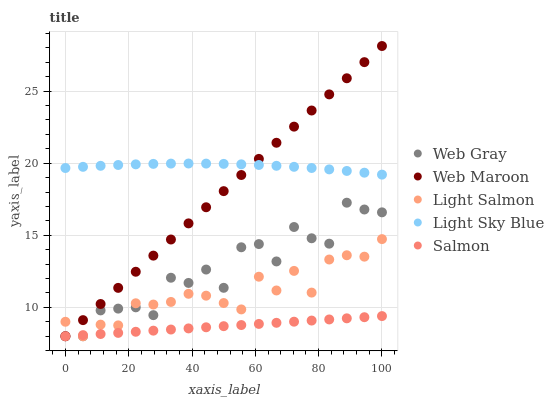
| xaxis_label | Web Gray | Web Maroon | Light Salmon | Light Sky Blue | Salmon |
 | --- | --- | --- | --- | --- | --- |
 | 0 | 8 | 8 | 9 | 19.7 | 8 |
 | 5.56 | 8 | 9.12 | 8 | 19.7 | 8.08 |
 | 11.1 | 9.79 | 10.2 | 8.81 | 19.8 | 8.16 |
 | 16.7 | 9.92 | 11.4 | 8.75 | 19.9 | 8.23 |
 | 22.2 | 10 | 12.5 | 10.3 | 19.9 | 8.31 |
 | 27.8 | 9.46 | 13.6 | 10.2 | 20 | 8.39 |
 | 33.3 | 12.1 | 14.7 | 10.4 | 20 | 8.47 |
 | 38.9 | 11.7 | 15.8 | 10.9 | 20 | 8.54 |
 | 44.4 | 12.6 | 16.9 | 10.8 | 20 | 8.62 |
 | 50 | 11.4 | 18.1 | 10.3 | 20 | 8.7 |
 | 55.6 | 14.2 | 19.2 | 9.86 | 19.9 | 8.78 |
 | 61.1 | 14.4 | 20.3 | 12.1 | 19.9 | 8.85 |
 | 66.7 | 13.2 | 21.4 | 11.2 | 19.8 | 8.93 |
 | 72.2 | 15.6 | 22.5 | 12.5 | 19.7 | 9.01 |
 | 77.8 | 14.8 | 23.7 | 11 | 19.7 | 9.09 |
 | 83.3 | 14.4 | 24.8 | 13.3 | 19.6 | 9.17 |
 | 88.9 | 17.3 | 25.9 | 13.6 | 19.5 | 9.24 |
 | 94.4 | 16.8 | 27 | 13.5 | 19.3 | 9.32 |
 | 100 | 16.6 | 28.1 | 14.7 | 19.2 | 9.4 |